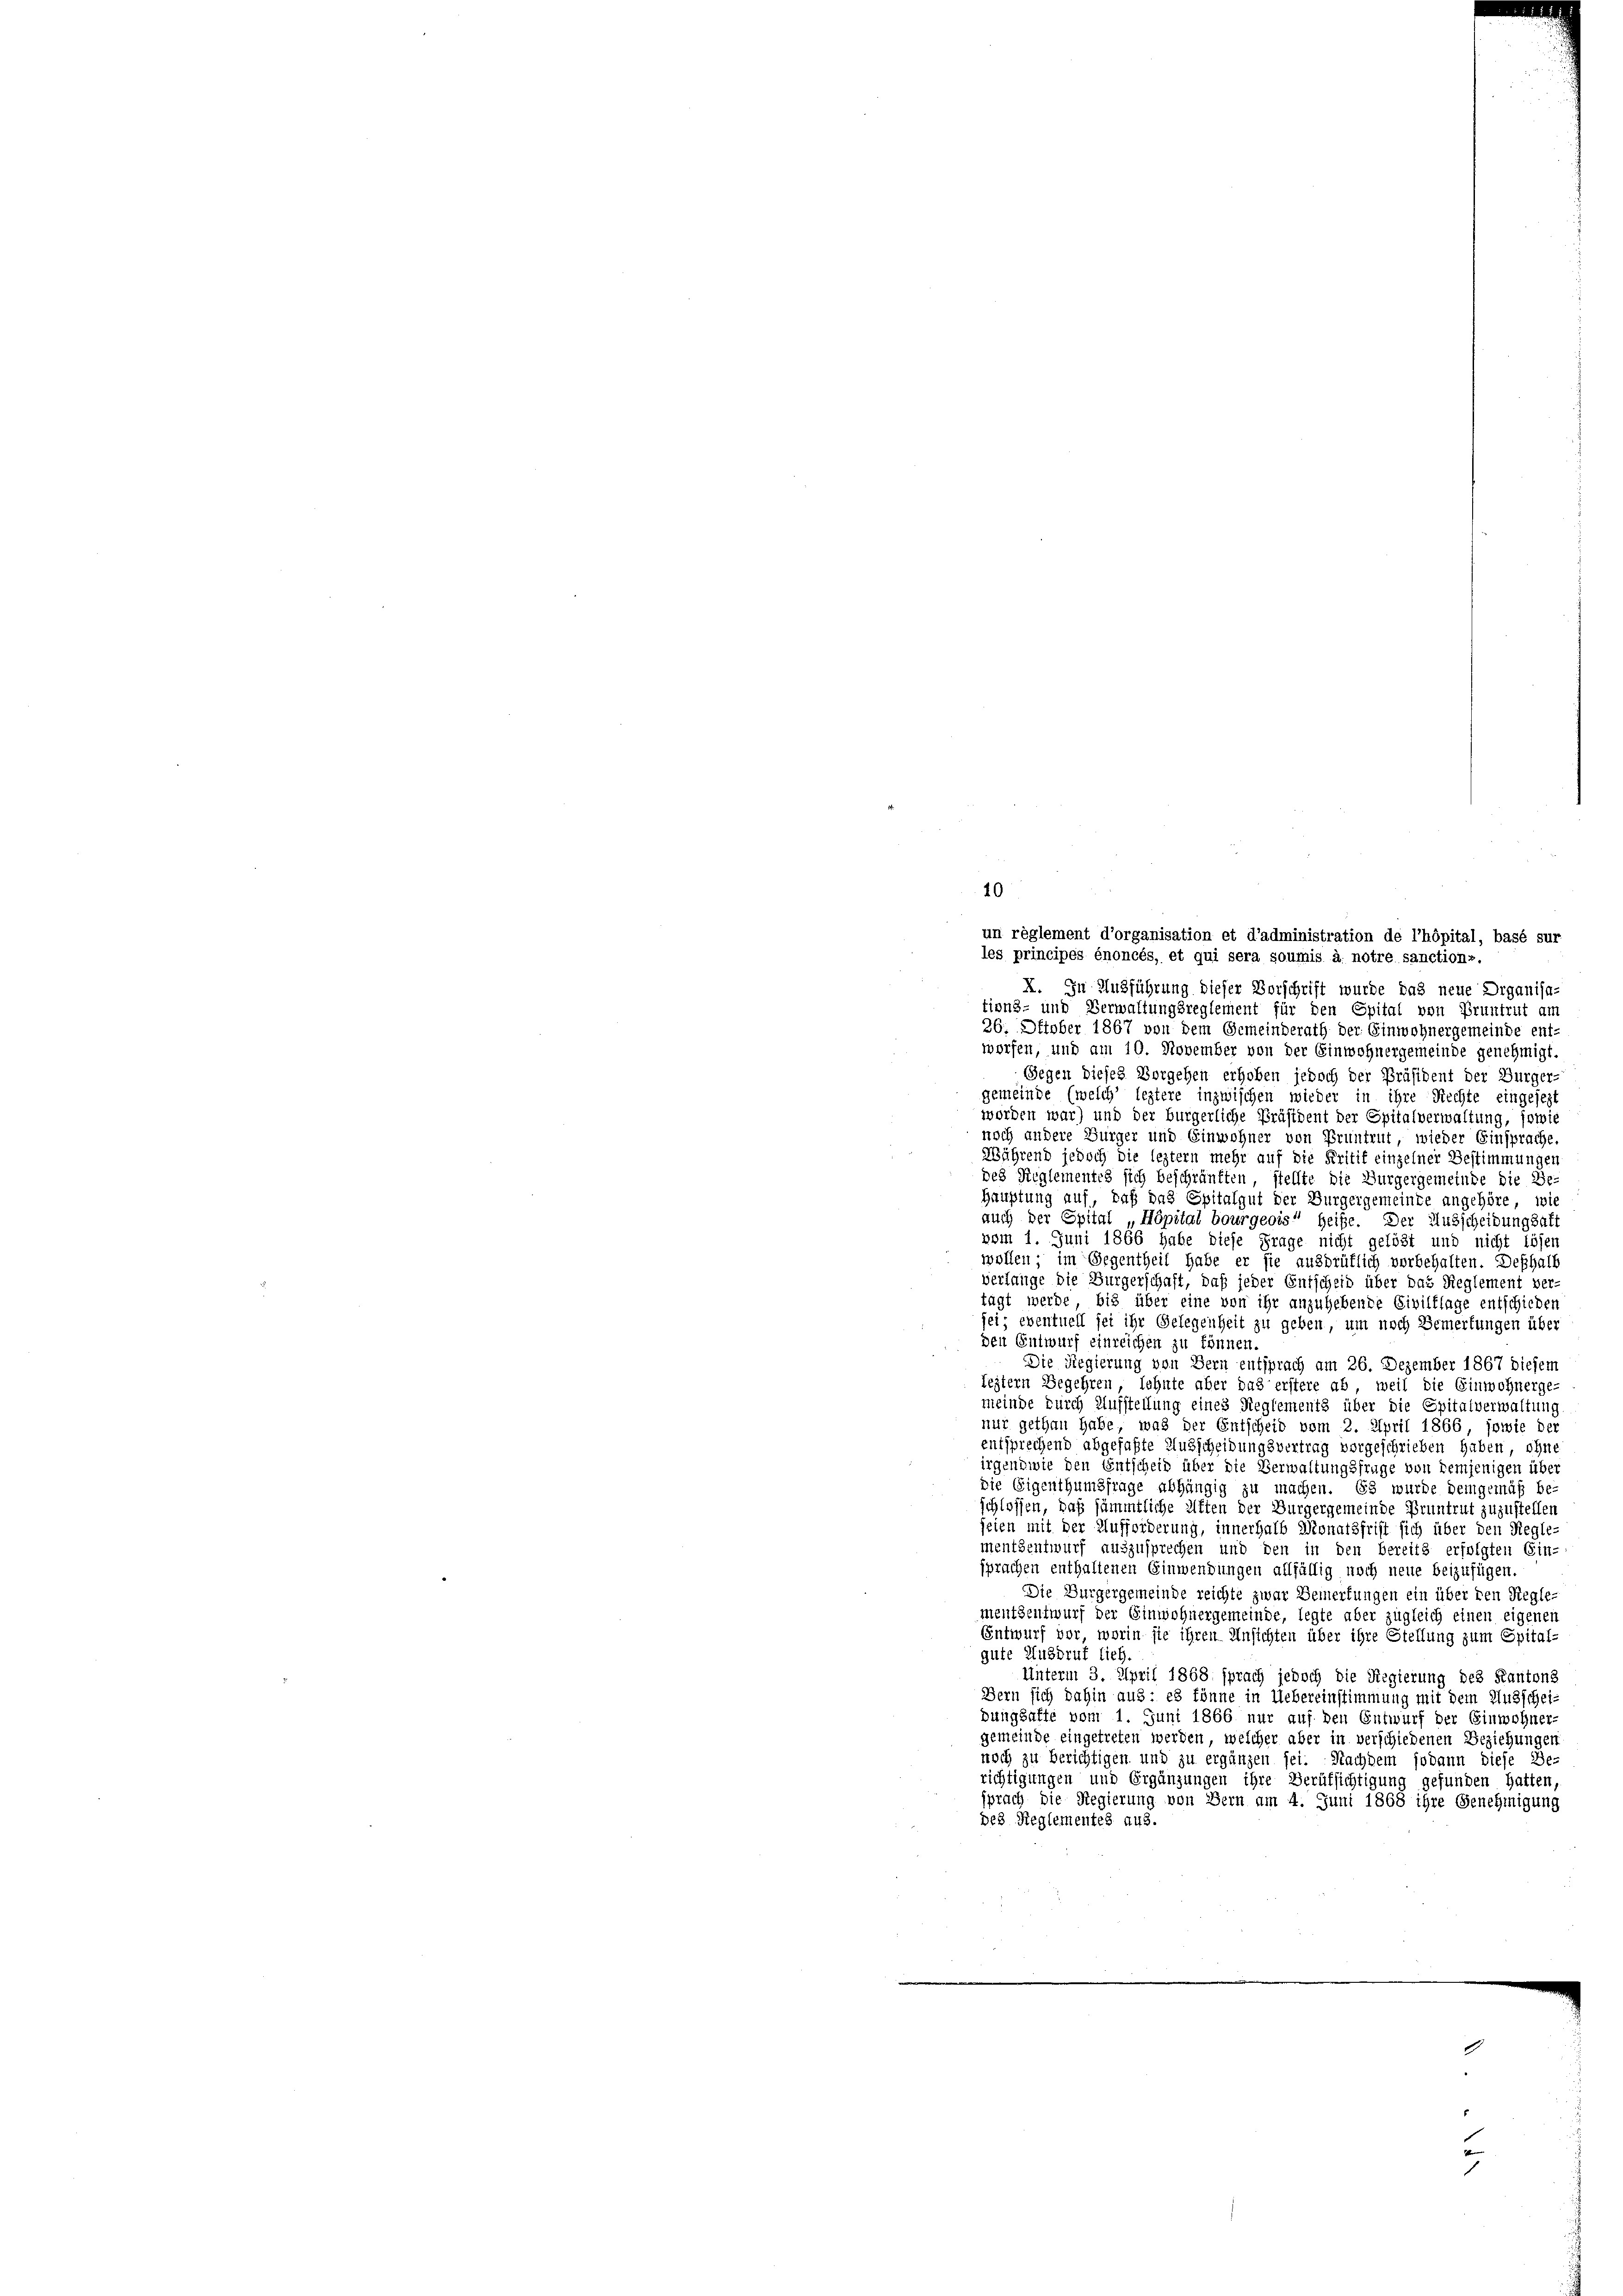
40
un règlement d’organisation et d’administration de l’hôpital, basé sur
les principes énoncés, et qui sera soumis a. notre sanction».
X. In Ausführung dieser Vorschrift wurde das neue Organisa-
tions- und Verwaltungsreglement für den Spital von Pruntrut am
26. Oktober 1867 von dem Gemeinderath der Einwohnergemeinde ent-
worfen, und am 10. November von der Einwohnergemeinde genehmigt.
Gegen dieses Vorgehen erhoben jedoch der Präsident der Bürger-
gemeinde (welch’ leztere inzwischen wieder in ihre Rechte eingesezt
worden war) und der bürgerliche Präsident der Spitalverwaltung, sowi
noch andere Bürger und Einwohner von Pruntrut, wieder Einsprache,
ährend jedoch die leztern mehr auf die Peritif einzelner Bestimmungen
des Reglementes sich beschränkten, stellte die Burgergemeinde die Be¬
Hauptung auf, daß das Spitalgut der Burgergemeinde angehöre, wie
auch der Epital „Höpital bourgeois“ heiße. Der Ausscheidungsaf
vom 1. Juni 1866 habe diese Frage nicht gelöst und nicht lösen
wollen; im Gegentheil habe er sie ausdrüflich vorbehalten. Deßhalb
verlange die Bürgerschaft, daß jeder Entscheid über das Reglement ver-
tagt werde, bis über eine von ihr anzuhebende Civilklage entschieden
jei; eventuell sei ihr Gelegenheit zu geben, um noch Bemerkungen über
den Entwurf einreichen zu können.
Die Regierung von Bern entsprach am 26. Dezember 1867 diesem
leitern Begehren, lehnte aber das erstere ab, weil die Einwohnerge-
meinde durch Aufstellung eines Reglements über die Spitalverwaltung
nur gethan habe, was der Entscheid vom 2. April 1866, sowie der
entsprechend abgefaßte Ausscheidungsvertrag vorgeschrieben haben, ohne
irgendwie den Entscheid über die Verwaltungsfrüge von demjenigen über
die Eigenthumsfrage abhängig zu machen. Es wurde demgemäß beschlossen, daß sämmtliche Alten der Burgergemeinde Bruntrut zuzustellen
seien mit der Aufforderung, innerhalb Monatsfrist sich über den Regle-
mentsentwurf auszusprechen und den in den bereits erfolgten Ein-
sprachen enthaltenen Einwendungen allfällig noch neue beizufügen.
Die Burgergemeinde reichte zwar Deinerfungen ein über den Regle-
mentsentwurf der Einwohnergemeinde, legte aber zugleich einen eigenen
Entwurf vor, worin sie ihren Ansichten über ihre Stellung zum Spital-
gute Ausbruf lieb.
Unterm 3. April 1868 sprach jedoch die Regierung des Kantons
Bern sich dahin aus: es könne in Uebereinstimmung mit dem Ausschei-
bungsalte vom 1. Juni 1866 nur auf den Entwurf der Einwohner-
gemeinde eingetreten werden, welcher aber in verschiedenen Beziehungen
noch zu berichtigen und zu ergänzen sei. Nachdem sodann diese Be-
richtigungen und Ergänzungen ihre Berufsichtigung gefunden hatten,
sprach die Regierung von Bern am 4. Juni 1868 ihre Genehmigung
des Reglementes aus.